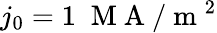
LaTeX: j_{0}=1\; \mathrm{~M~A~}/\mathrm{~m~}^{2}